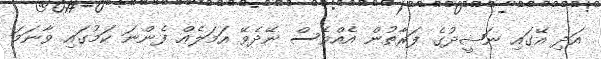
އަދި އޭގައި ނަޝީދުގެ ފަރާތުން އެއްވެސް ނޭދެވޭ އަމަލެއް ފެންނަ ކަމުގައި ވާނަމަ